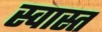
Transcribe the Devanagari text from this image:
स्वास्त